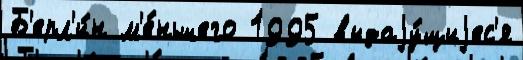
Б'ерл'и́н м'е́ньшего 1995 выдаjу́щиjес'я